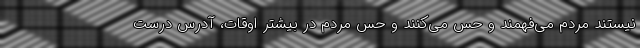
نیستند مردم می‌فهمند و حس می‌کنند و حس مردم در بیشتر اوقات، آدرس درست